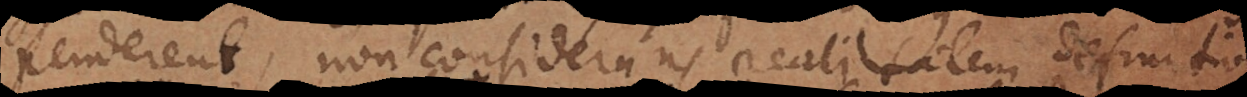
penderent, non considerans, realitatem definition